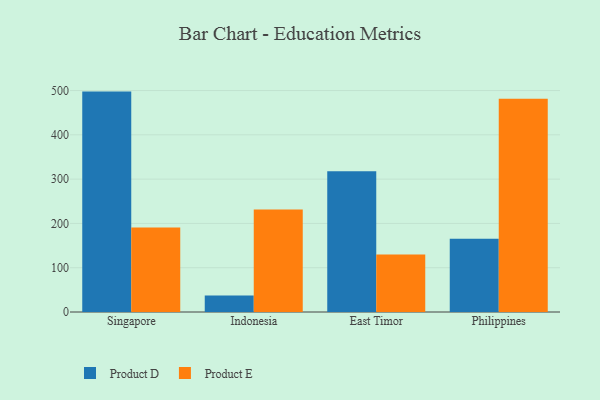
{"axis": {"x": "Country", "y": "Website Visitors"}, "legend": ["Product D", "Product E"], "data": [{"x": "Singapore", "y": 497.6, "type": "Product D"}, {"x": "Singapore", "y": 190.7, "type": "Product E"}, {"x": "Indonesia", "y": 37.0, "type": "Product D"}, {"x": "Indonesia", "y": 231.3, "type": "Product E"}, {"x": "East Timor", "y": 317.7, "type": "Product D"}, {"x": "East Timor", "y": 129.6, "type": "Product E"}, {"x": "Philippines", "y": 165.6, "type": "Product D"}, {"x": "Philippines", "y": 481.6, "type": "Product E"}]}